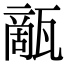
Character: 甋